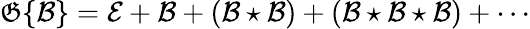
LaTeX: {\mathfrak{G}}\{ {\mathcal{B}}\} ={\mathcal{E}}+{\mathcal{B}}+({\mathcal{B}}\star{\mathcal{B}})+({\mathcal{B}}\star{\mathcal{B}}\star{\mathcal{B}})+\cdots